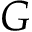
G